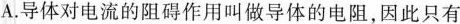
A.导体对电流的阻碍作用叫做导体的电阻，因此只有